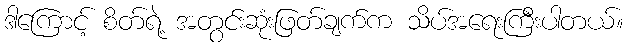
ဒါကြောင့် စိတ်ရဲ့ အတွင်းဆုံးဖြတ်ချက်က သိပ်အရေးကြီးပါတယ်။